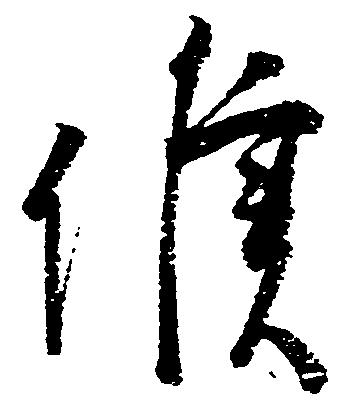
候